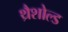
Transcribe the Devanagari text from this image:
थ्रैशोल्ड